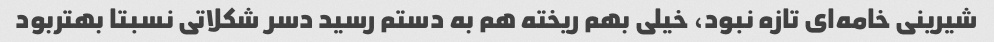
شیرینی خامه‌ای تازه نبود، خیلی بهم ریخته هم به دستم رسید دسر شکلاتی نسبتا بهتربود